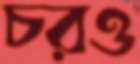
চরও